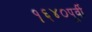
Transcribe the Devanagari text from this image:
१६४०पूर्वी